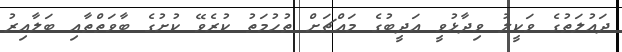
ދައުލަތުގެ ވަކީލު ވިދާޅުވީ އަދީބުގެ މައްޗަށް ތުހުމަތު ކުރެވޭ ކުށުގެ ބާވަތްތާއި ބަލާއިރު